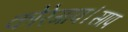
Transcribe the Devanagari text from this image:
कोरेगाव।साप